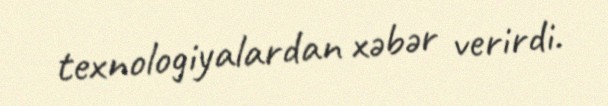
texnologiyalardan xəbər verirdi.